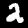
Label: 2